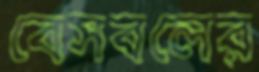
বেসবলের